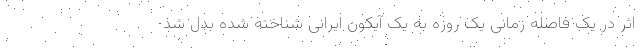
اثر در یک فاصله زمانی یک روزه به یک آیکون ایرانی شناخته شده بدل شد